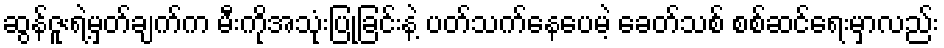
ဆွန်ဇူးရဲ့မှတ်ချက်က မီးကိုအသုံးပြုခြင်းနဲ့ ပတ်သက်နေပေမဲ့ ခေတ်သစ် စစ်ဆင်ရေးမှာလည်း